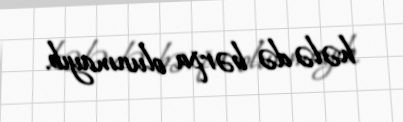
hələ də bərpa olunmayıb.